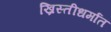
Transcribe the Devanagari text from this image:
ख्रिस्तीधर्मात